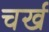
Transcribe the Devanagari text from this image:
चर्ख